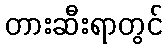
တားဆီးရာတွင်